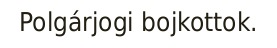
Polgárjogi bojkottok.